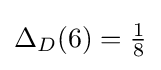
\Delta _{D}(6)={\tfrac {1}{8}}